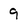
Character: 9